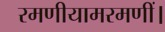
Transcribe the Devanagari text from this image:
रमणीयामरमणीं।